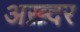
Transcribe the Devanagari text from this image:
अख़्दर